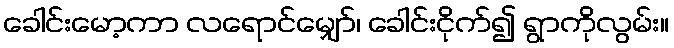
ခေါင်းမော့ကာ လရောင်မျှော်၊ ခေါင်းငိုက်၍ ရွာကိုလွမ်း။